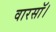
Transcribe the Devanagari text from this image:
वारसॉ।